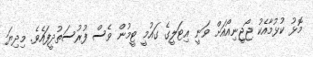
މޮޅު ކުޅުމާއެކު ޖޯޖީނިއޯއަށް ވަނީ އިޓަލީގެ ގައުމީ ޓީމުން ވެސް ފުރުސަތުދީފައެވެ. މިދިޔަ